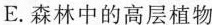
E.森林中的高层植物